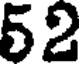
52